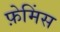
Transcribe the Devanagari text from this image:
फ़ेमिंस